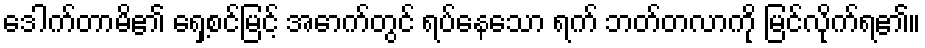
ဒေါက်တာမိ၏ ရှေ့စင်မြင့် အောက်တွင် ရပ်နေသော ရက် ဘတ်တလာကို မြင်လိုက်ရ၏။